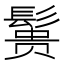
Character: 𱆃